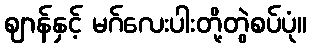
ဈာန်နှင့် မဂ်လေးပါးတို့တွဲစပ်ပုံ။